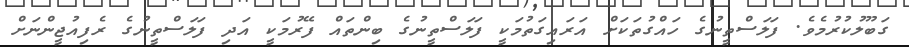
ގަބޫލުކުރުމެވެ. ފަލަސްތީނުގެ ހައްގުތަކަށް އަރައިގަތުމަކީ ފަލަސްތީނުގެ ބިންތައް ފޭރުމަކީ އަދި ފަލަސްތީނުގެ ރެފިއުޖީންނަށް